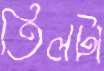
তিলটা